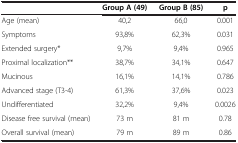
<table><thead><tr><td><b> </b></td><td><b>Group A (49)</b></td><td><b>Group B (85)</b></td><td><b>p</b></td></tr></thead><tbody><tr><td>Age (mean)</td><td>40,2</td><td>66,0</td><td>0.001</td></tr><tr><td>Symptoms</td><td>93,8%</td><td>62,3%</td><td>0.031</td></tr><tr><td>Extended surgery*</td><td>9,7%</td><td>9,4%</td><td>0.965</td></tr><tr><td>Proximal localization**</td><td>38,7%</td><td>34,1%</td><td>0.647</td></tr><tr><td>Mucinous</td><td>16,1%</td><td>14,1%</td><td>0.786</td></tr><tr><td>Advanced stage (T3-4)</td><td>61,3%</td><td>37,6%</td><td>0.023</td></tr><tr><td>Undifferentiated</td><td>32,2%</td><td>9,4%</td><td>0.0026</td></tr><tr><td>Disease free survival (mean)</td><td>73 m</td><td>81 m</td><td>0.78</td></tr><tr><td>Overall survival (mean)</td><td>79 m</td><td>89 m</td><td>0.86</td></tr></tbody></table>